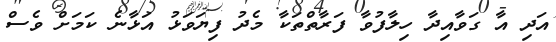
އަދި އާ ގަވާއިދާ ހިލާފުވާ ފަރާތްތަކާ މެދު ފިޔަވަޅު އަޅާނެ ކަމަށް ވެސް